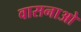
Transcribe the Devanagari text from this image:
वासनाओ